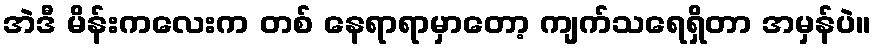
အဲဒီ မိန်းကလေးက တစ် နေရာရာမှာတော့ ကျက်သရေရှိတာ အမှန်ပဲ။